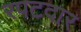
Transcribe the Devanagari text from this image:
रपटदार